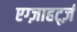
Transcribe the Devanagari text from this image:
एग्ज़ाहर्ट्ज़